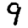
Digit: 9